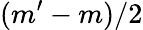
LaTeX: (m^{\prime}-m)/2